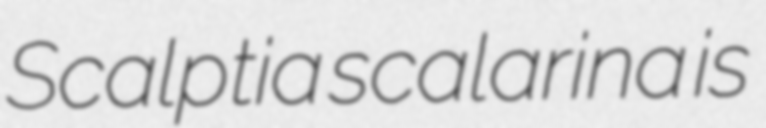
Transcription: Scalptia scalarina is